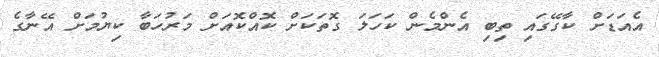
އެއަޑަށް ކާގޭގައި ތިބި އެންމެން ކަހަލަ ގޮތަކަށް ކޮއްކޮއަށް މަރުހަބާ ކިޔުމަށް އޭނާގެ